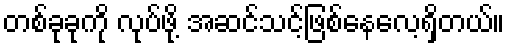
တစ်ခုခုကို လုပ်ဖို့ အဆင်သင့်ဖြစ်နေလေ့ရှိတယ်။